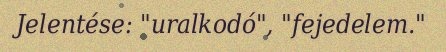
Jelentése: "uralkodó", "fejedelem."